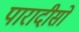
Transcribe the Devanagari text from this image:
पारादीसो